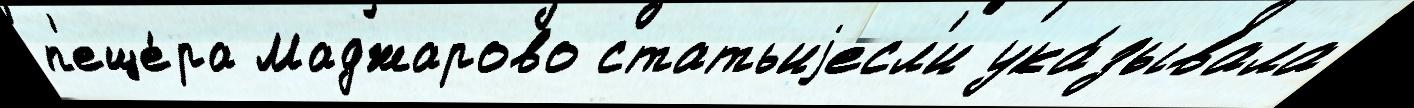
п'еще́ра Маджарово статьиjесл'и ука́зывала